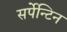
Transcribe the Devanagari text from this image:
सर्पेन्टिन